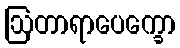
ဩတာရာပေက္ခော